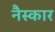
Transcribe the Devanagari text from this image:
नैस्कार